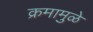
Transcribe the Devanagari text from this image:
क्रमामुळे